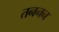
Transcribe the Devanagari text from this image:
तननन